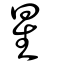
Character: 星